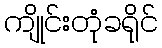
ကျိုင်းတုံခရိုင်